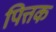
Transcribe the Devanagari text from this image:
पित्तक